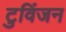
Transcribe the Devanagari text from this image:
टुविंजन